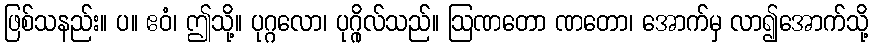
ဖြစ်သနည်း။ ပ။ ဧဝံ၊ ဤသို့။ ပုဂ္ဂလော၊ ပုဂ္ဂိုလ်သည်။ ဩဏတော ဏတော၊ အောက်မှ လာ၍အောက်သို့